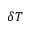
\delta T